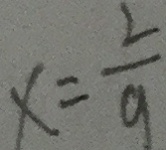
x = \frac { 2 } { 9 }